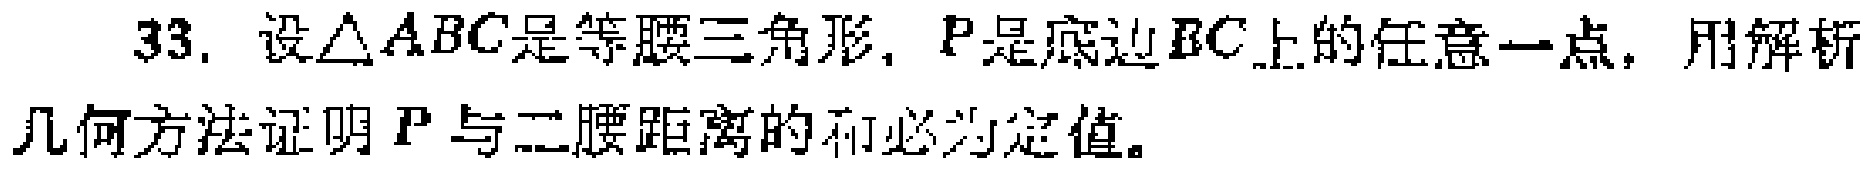
33. 设\(\triangle ABC\)是等腰三角形，\(P\)是底边\(BC\)上的任意一点，用解析几何方法证明\(P\)与二腰距离的和必为定值。